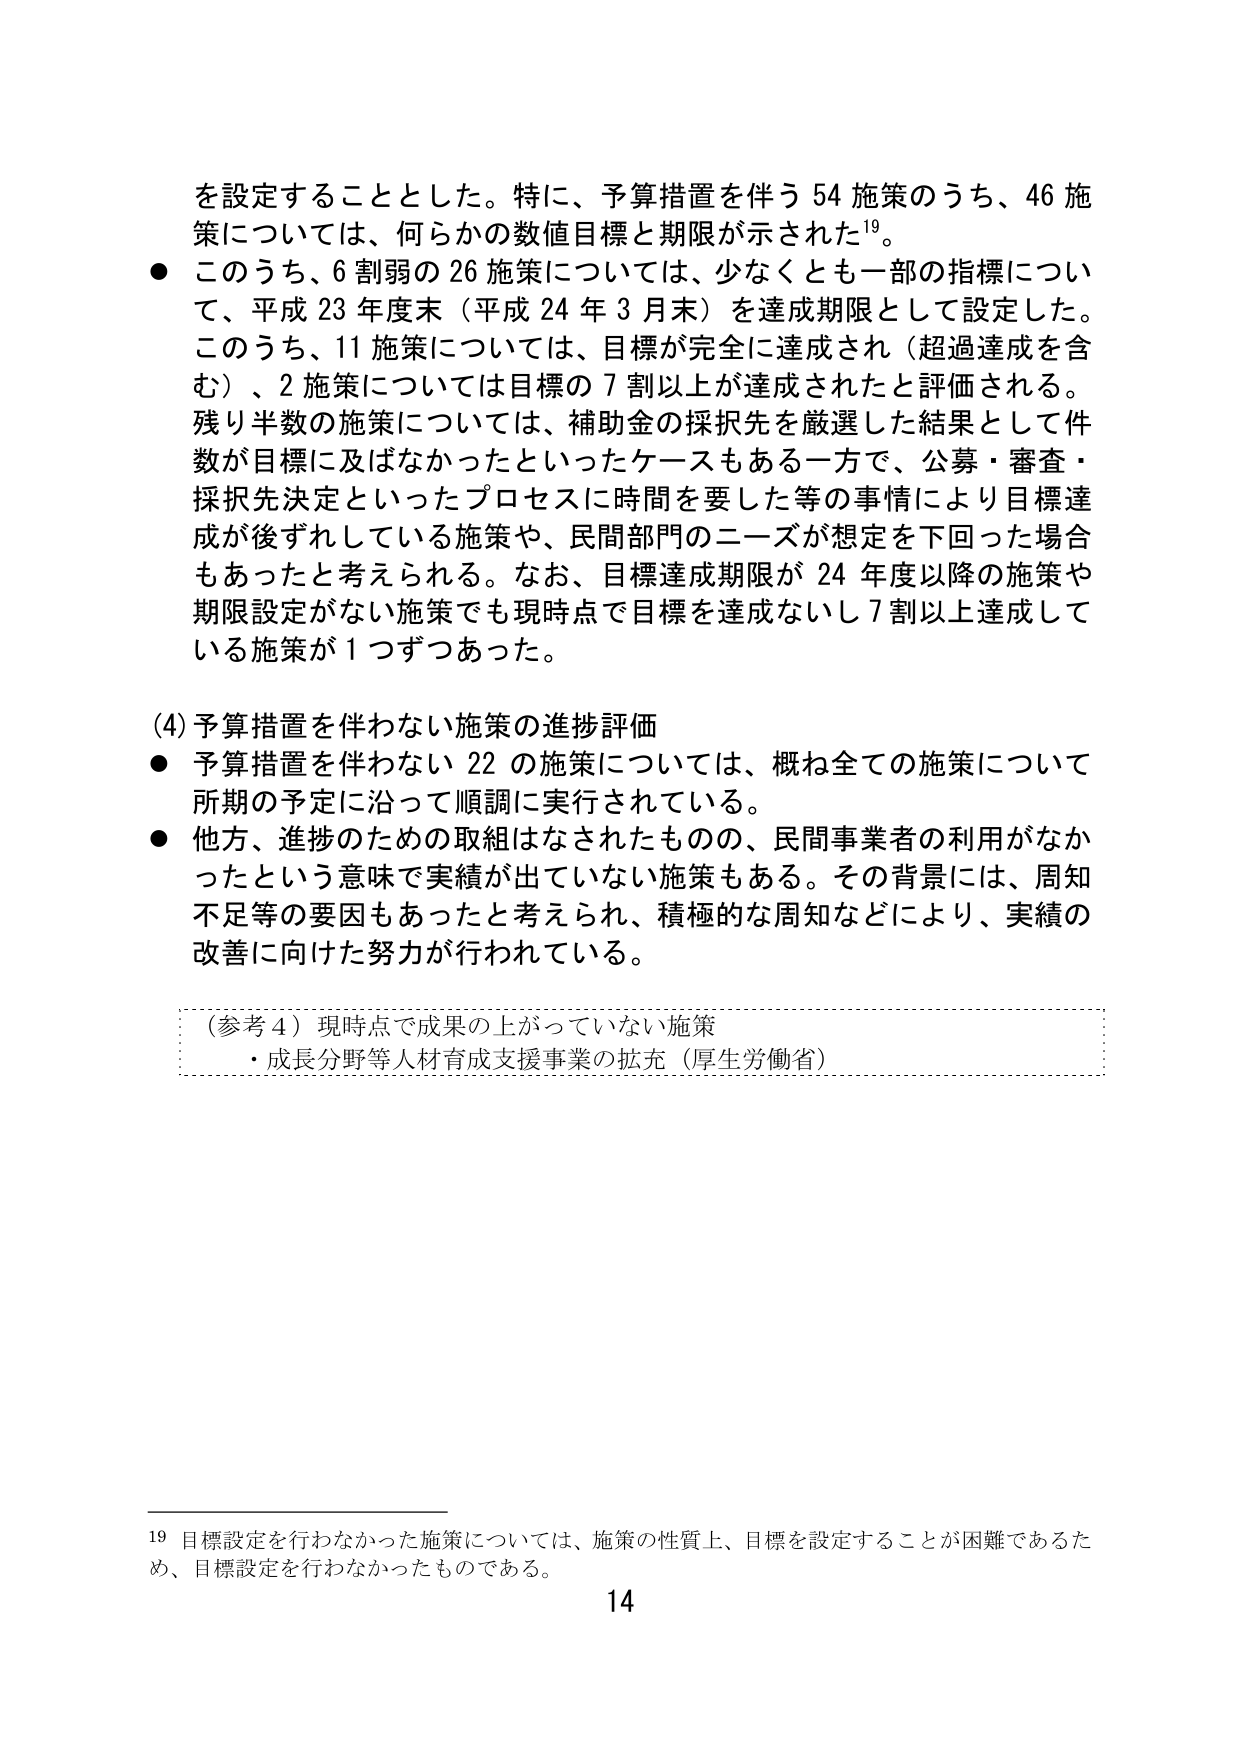
を設定することとした。特に、予算措置を伴う 54 施策のうち、46 施策については、何らかの数値目標と期限が示された¹⁹。

● このうち、6 割弱の 26 施策については、少なくとも一部の指標について、平成 23 年度末（平成 24 年 3 月末）を達成期限として設定した。このうち、11 施策については、目標が完全に達成され（超過達成を含む）、2 施策については目標の 7 割以上が達成されたと評価される。残り半数の施策については、補助金の採択先を厳選した結果として件数が目標に及ばなかったといったケースもある一方で、公募・審査・採択先決定といったプロセスに時間を要した等の事情により目標達成が後ずれしている施策や、民間部門のニーズが想定を下回った場合もあったと考えられる。なお、目標達成期限が 24 年度以降の施策や期限設定がない施策でも現時点で目標を達成ないし 7 割以上達成している施策が 1 つずつあった。

(4) 予算措置を伴わない施策の進捗評価

● 予算措置を伴わない 22 の施策については、概ね全ての施策について所期の予定に沿って順調に実行されている。

● 他方、進捗のための取組はなされたものの、民間事業者の利用がなかったという意味で実績が出ていない施策もある。その背景には、周知不足等の要因もあったと考えられ、積極的な周知などにより、実績の改善に向けた努力が行われている。

（参考 4）現時点で成果の上がっていない施策
・成長分野等人材育成支援事業の拡充（厚生労働省）

¹⁹ 目標設定を行わなかった施策については、施策の性質上、目標を設定することが困難であるため、目標設定を行わなかったものである。

14